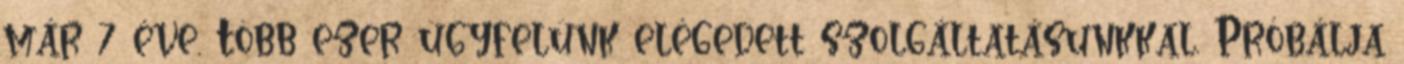
már 7 éve. Több ezer ügyfelünk elégedett szolgáltatásunkkal. Próbálja